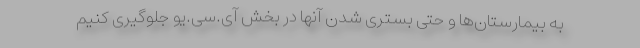
به بیمارستان‌ها و حتی بستری شدن آنها در بخش آی.سی.یو جلوگیری کنیم